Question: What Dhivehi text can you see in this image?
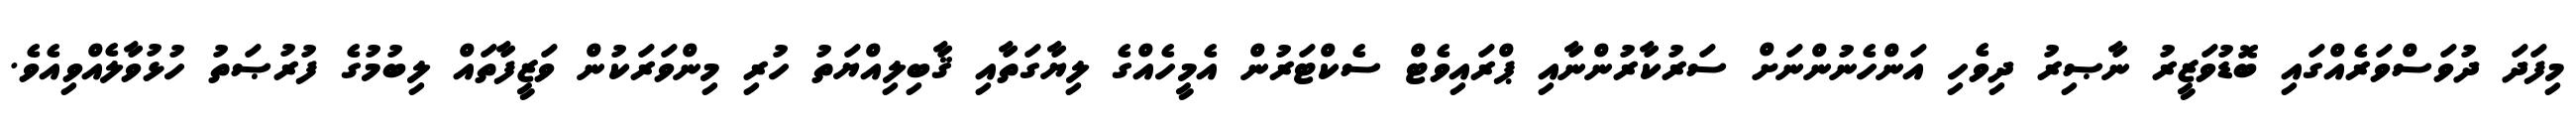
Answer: މިފަދަ ދުވަސްވަރެއްގައި ބޮޑުވަޒީރު ނާޞިރު ދިވެހި އަންހެނުންނަށް ސަރުކާރުންނާއި ޕްރައިވެޓް ސެކްޓަރުން އެމީހެއްގެ ލިޔާގަތާއި ޤާބިލިއްޔަތު ހުރި މިންވަރަކުން ވަޒީފާތައް ލިބުމުގެ ފުރުޞަތު ހުޅުވާލެއްވިއެވެ.